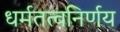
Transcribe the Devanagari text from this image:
धर्मतत्वनिर्णय